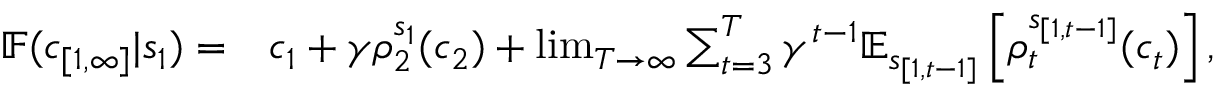
\begin{array} { r l } { \mathbb { F } ( c _ { [ 1 , \infty ] } | s _ { 1 } ) = } & { c _ { 1 } + \gamma \rho _ { 2 } ^ { s _ { 1 } } ( c _ { 2 } ) + \operatorname* { l i m } _ { T \to \infty } \sum _ { t = 3 } ^ { T } \gamma ^ { t - 1 } \mathbb { E } _ { s _ { [ 1 , t - 1 ] } } \left[ { \rho _ { t } ^ { s _ { [ 1 , t - 1 ] } } } ( c _ { t } ) \right] , } \end{array}